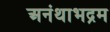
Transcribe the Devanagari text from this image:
अनंथाभद्रम